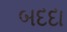
બદદા